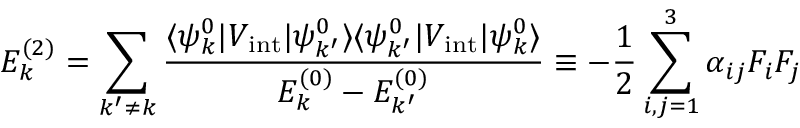
E _ { k } ^ { ( 2 ) } = \sum _ { k ^ { \prime } \neq k } { \frac { \langle \psi _ { k } ^ { 0 } | V _ { \mathrm { i n t } } | \psi _ { k ^ { \prime } } ^ { 0 } \rangle \langle \psi _ { k ^ { \prime } } ^ { 0 } | V _ { \mathrm { i n t } } | \psi _ { k } ^ { 0 } \rangle } { E _ { k } ^ { ( 0 ) } - E _ { k ^ { \prime } } ^ { ( 0 ) } } } \equiv - { \frac { 1 } { 2 } } \sum _ { i , j = 1 } ^ { 3 } \alpha _ { i j } F _ { i } F _ { j }